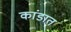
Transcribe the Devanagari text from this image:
कांडात